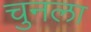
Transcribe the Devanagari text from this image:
चुनला